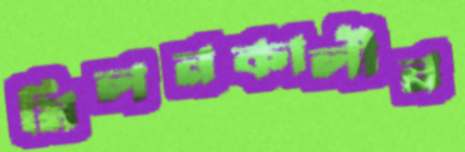
মিলনকালীন